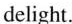
delight.